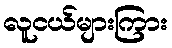
လူငယ်များကြား